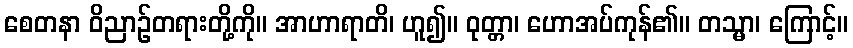
စေတနာ ဝိညာဉ်တရားတို့ကို။ အာဟာရာတိ၊ ဟူ၍။ ဝုတ္တာ၊ ဟောအပ်ကုန်၏။ တသ္မာ၊ ကြောင့်။